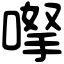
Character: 𠸎